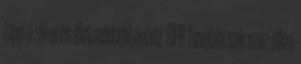
tipp a sikeres életmódváltáshoz TIPP További sok száz állás